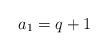
LaTeX: \begin{align*}a_1 = q+1\end{align*}